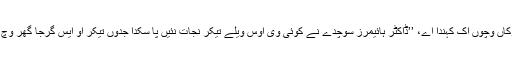
مُرتد چعین دے لوکاں وِچوں اِک کہندا اے، ’’ڈاکٹر ہائیمرز سوچدے نے کوئی وی اُوس ویلے تیکر نجات نئیں پا سکدا جدوں تیکر اُو ایس گرجا گھر وِچ حاضر نئیں ہوندا۔